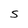
Character: S